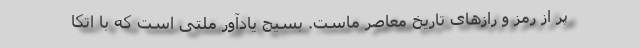
پر از رمز و رازهای تاریخ معاصر ماست. بسیج یادآور ملتی است که با اتکا